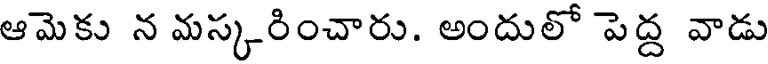
ఆమెకు న మస్కరించారు. అందులో పెద్ద వాడు